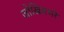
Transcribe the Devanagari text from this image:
जोखिमभरे